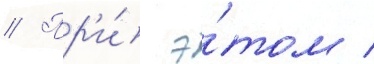
// Пр'и́ э́том /